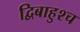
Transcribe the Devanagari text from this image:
द्विबाहुश्च